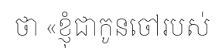
ថា «ខ្ញុំជាកូនចៅរបស់